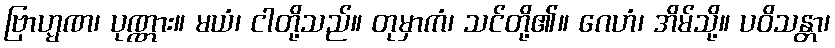
ဗြာဟ္မဏ၊ ပုဏ္ဏား။ မယံ၊ ငါတို့သည်။ တုမှာကံ၊ သင်တို့၏။ ဂေဟံ၊ အိမ်သို့။ ပဝိသန္တာ၊